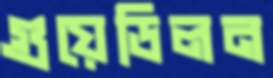
গুয়েডিলন